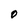
Character: O